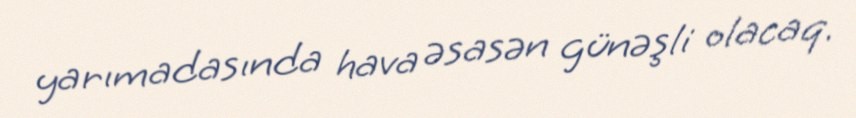
yarımadasında hava əsasən günəşli olacaq.